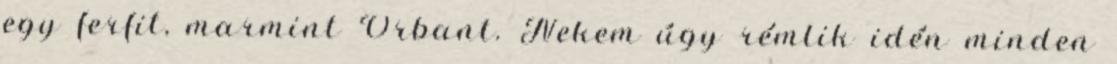
egy ferfit, marmint Orbant. Nekem úgy rémlik idén minden